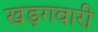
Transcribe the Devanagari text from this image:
खड़गवारी